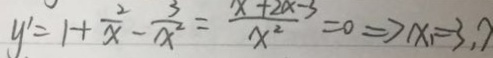
y ^ { \prime } = 1 + \frac { 2 } { x } - \frac { 3 } { x ^ { 2 } } = \frac { x + 2 x - 3 } { x ^ { 2 } } = 0 \Rightarrow x _ { 1 } = 3 , 7